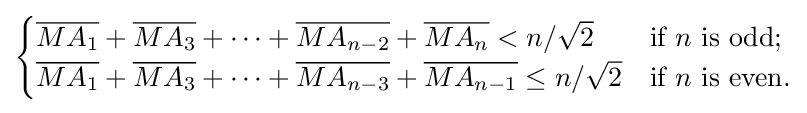
{\begin{cases}{\overline {MA_{1}}}+{\overline {MA_{3}}}+\cdots +{\overline {MA_{n-2}}}+{\overline {MA_{n}}}<n/{\sqrt {2}}&{\text{if }}n{\text{ is odd}};\\{\overline {MA_{1}}}+{\overline {MA_{3}}}+\cdots +{\overline {MA_{n-3}}}+{\overline {MA_{n-1}}}\leq n/{\sqrt {2}}&{\text{if }}n{\text{ is even}}.\end{cases}}